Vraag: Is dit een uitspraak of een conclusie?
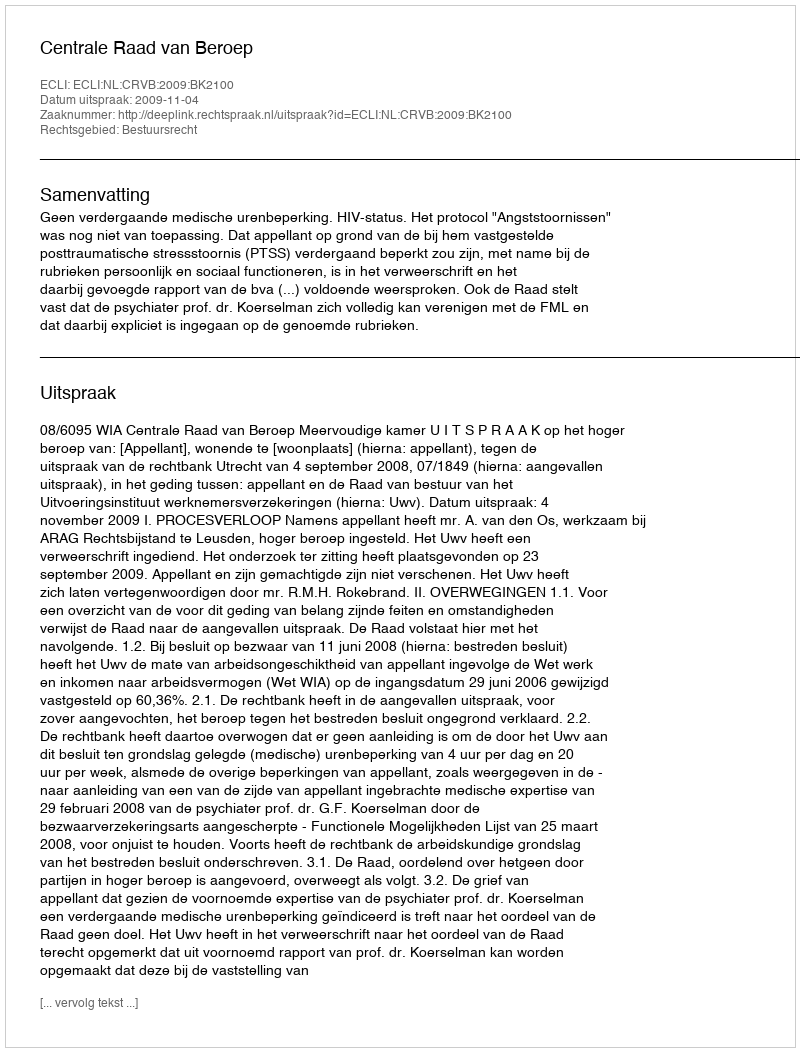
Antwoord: Uitspraak